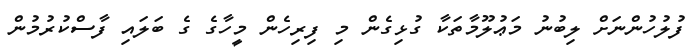
ފުލުހުންނަށް ލިބުނު މަޢުލޫމާތަކާ ގުޅިގެން މި ފިރިހެން މީހާގެ ގެ ބަލައި ފާސްކުރުމުން